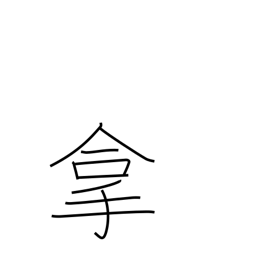
Meaning: catch